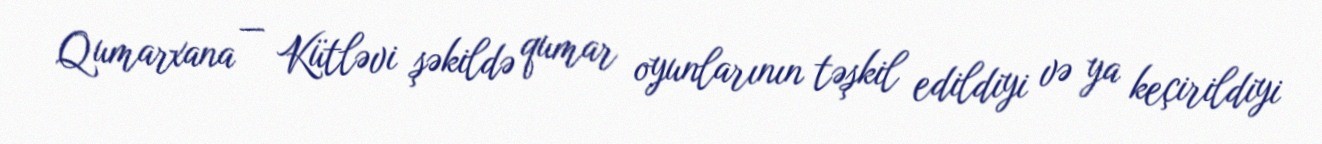
Qumarxana — Kütləvi şəkildə qumar oyunlarının təşkil edildiyi və ya keçirildiyi